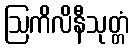
ဩကိလိနီသုတ္တံ